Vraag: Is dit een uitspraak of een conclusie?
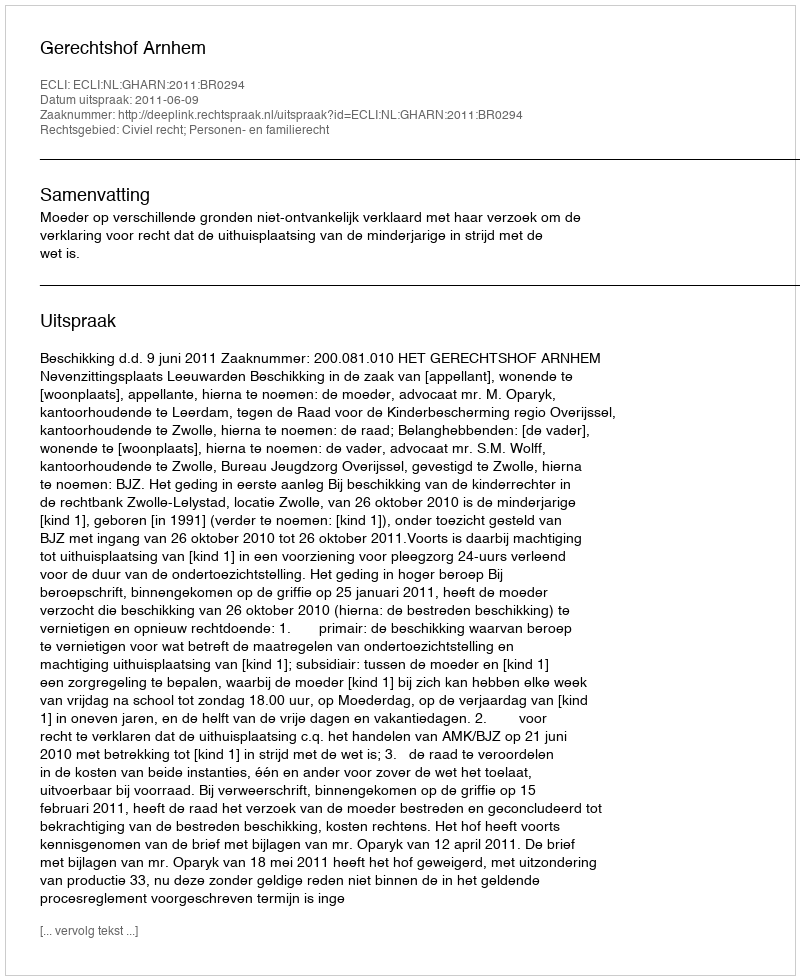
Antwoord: Uitspraak